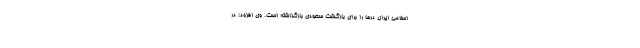
اسلامی ایران درها را برای بازگشت سعودی بازگذاشته است. وی افزود: در